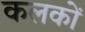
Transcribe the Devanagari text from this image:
कलकों